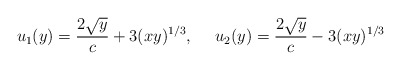
\begin{align*}u_1(y) = \frac{2\sqrt{y}}{c} +3(xy)^{{1}/{3}}, ~~~~u_2(y) = \frac{2\sqrt{y}}{c} -3(xy)^{{1}/{3}}\end{align*}